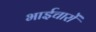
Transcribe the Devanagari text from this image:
भाईचारों